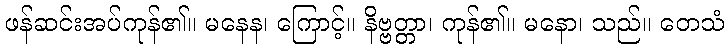
ဖန်ဆင်းအပ်ကုန်၏။ မနေန၊ ကြောင့်။ နိဗ္ဗတ္တာ၊ ကုန်၏။ မနော၊ သည်။ တေသံ